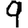
Digit: 9